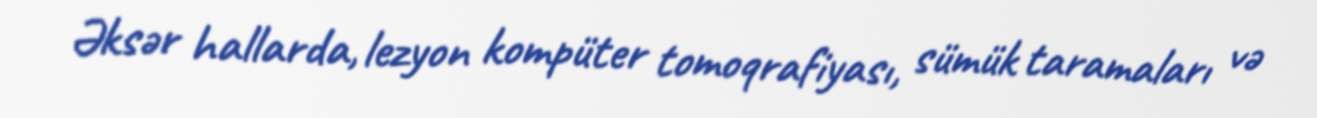
Əksər hallarda, lezyon kompüter tomoqrafiyası, sümük taramaları və